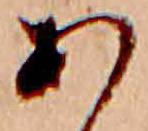
あ